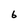
Character: 6